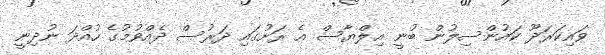
ވައިކަރަދޫ ކައުންސިލުން ބުނީ އިލްޔާސް އެ ރަށުގައި ދަރުސް ދެއްވުމުގެ ހުއްދަ ނުދިނީ